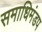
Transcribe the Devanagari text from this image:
समाधिमंडप